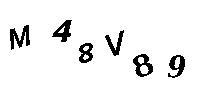
M48V89